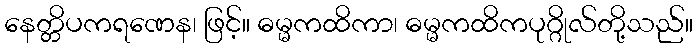
နေတ္တိပကရဏေန၊ ဖြင့်။ ဓမ္မကထိကာ၊ ဓမ္မကထိကပုဂ္ဂိုလ်တို့သည်။